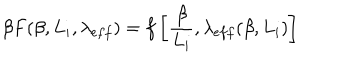
\beta F ( \beta , L _ { i } , \lambda _ { e f f } ) = f \left[ \frac { \beta } { L _ { i } } , \lambda _ { e f f } ( \beta , L _ { i } ) \right]